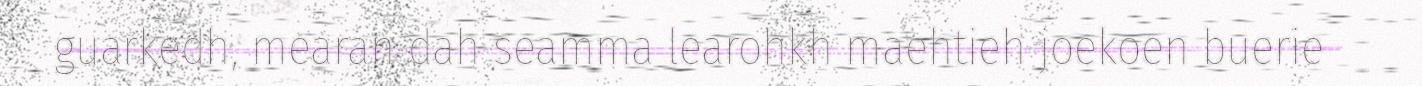
guarkedh, mearan dah seamma learohkh maehtieh joekoen buerie